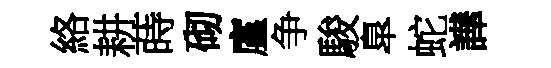
絡耕蒔砌廑争駿臯蛇譁